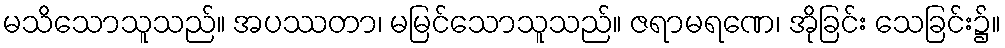
မသိသောသူသည်။ အပဿတာ၊ မမြင်သောသူသည်။ ဇရာမရဏေ၊ အိုခြင်း သေခြင်း၌။